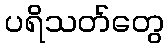
ပရိသတ်တွေ